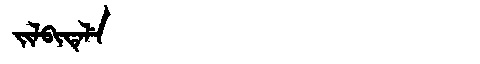
Manchu: ᠵᡳᠯᠪᡳᡨᡝᠯᡝ
Romanization: JILBITELE